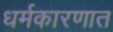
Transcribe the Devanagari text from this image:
धर्मकारणात